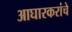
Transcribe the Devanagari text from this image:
आघारकरांचे